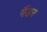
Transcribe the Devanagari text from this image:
मैंडर